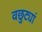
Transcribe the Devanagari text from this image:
वछुट्यां